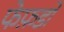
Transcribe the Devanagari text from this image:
फेफ़डों